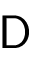
\mathsf { D }